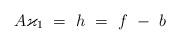
LaTeX: \begin{align*}A \varkappa_1 \ = \ h \ = \ f \ - \ b\end{align*}